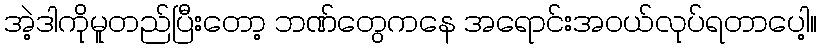
အဲ့ဒါကိုမူတည်ပြီးတော့ ဘဏ်တွေကနေ အရောင်းအဝယ်လုပ်ရတာပေါ့။